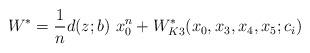
LaTeX: \begin{align*}W^{\ast}=\frac{1}{n} d(z;b)~ x_{0}^n + W_{K3}^{\ast}(x_0,x_3,x_4,x_5;c_i)\end{align*}